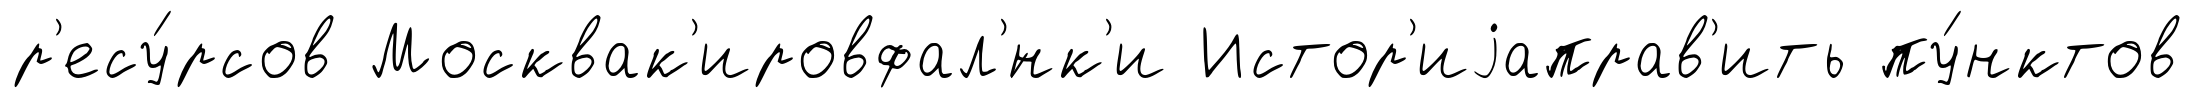
р'есу́рсов Москвак'ировфал'́нк'и Истор'иjаправ'ить пу́нктов